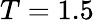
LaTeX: T=1.5